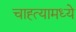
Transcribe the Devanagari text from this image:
चाह्त्यामध्ये